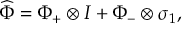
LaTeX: \widehat { \Phi } = \Phi _ { + } \otimes I + \Phi _ { - } \otimes \sigma _ { 1 } ,